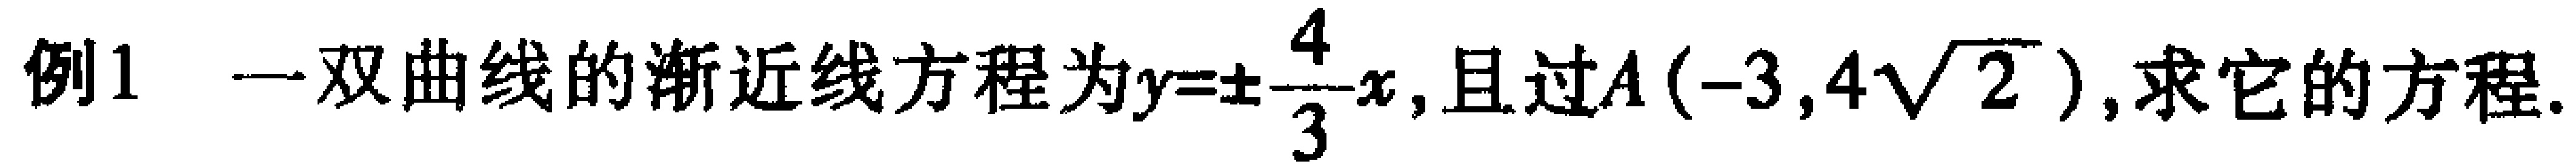
例1 一双曲线的渐近线方程为\(y = \pm\frac{4}{3}x\)，且过\(A(-3,4\sqrt{2})\)，求它的方程.